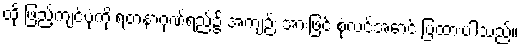
ထို ဖြည့်ကျင့်ပုံကို ရတနာ့ဂုဏ်ရည်၌ အကျဉ်း အားဖြင့် စုံလင်အောင် ပြထားပါသည်။